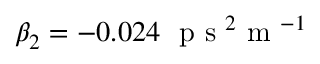
\beta _ { 2 } = - 0 . 0 2 4 ~ \mathrm { ~ p ~ s ~ } ^ { 2 } \mathrm { ~ m ~ } ^ { - 1 }